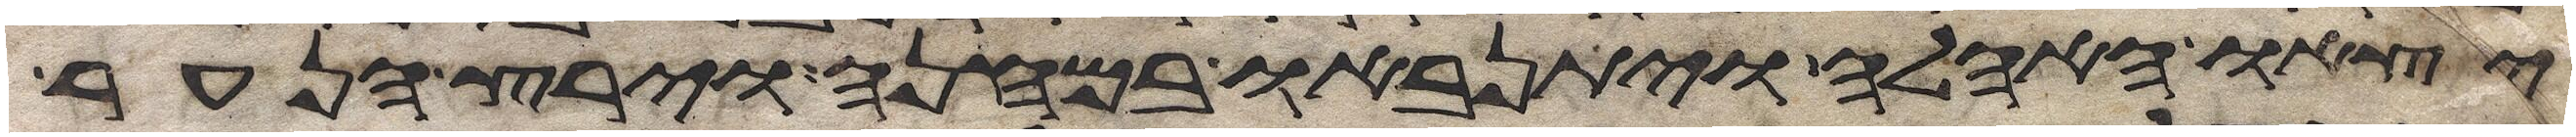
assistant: יצאו האהלה ויתנאבו במחנה וירץ הנער